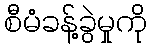
စီမံခန့်ခွဲမှုကို